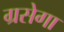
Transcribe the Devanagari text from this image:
ग्रसेगा